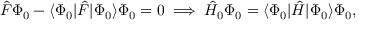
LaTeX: { \hat { F } } \Phi _ { 0 } - \langle \Phi _ { 0 } | { \hat { F } } | \Phi _ { 0 } \rangle \Phi _ { 0 } = 0 \implies { \hat { H } } _ { 0 } \Phi _ { 0 } = \langle \Phi _ { 0 } | { \hat { H } } | \Phi _ { 0 } \rangle \Phi _ { 0 } ,